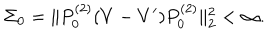
\Sigma _ { 0 } = \| P _ { 0 } ^ { ( 2 ) } ( V - V ^ { \prime } ) P _ { 0 } ^ { ( 2 ) } \| _ { 2 } ^ { 2 } < \infty .